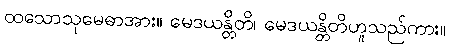
ထသောသုမေဓာအား။ မေဒယန္တိတိ၊ မေဒယန္တိတိဟူသည်ကား။